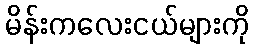
မိန်းကလေးငယ်များကို